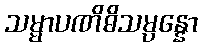
သမ္မာပဏိဓိသမ္ပန္နော